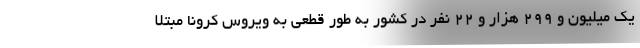
یک میلیون و ۲۹۹ هزار و ۲۲ نفر در کشور به طور قطعی به ویروس کرونا مبتلا